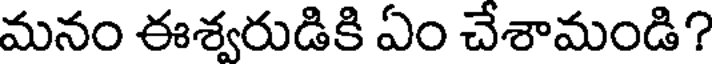
మనం ఈశ్వరుడికి ఏం చేశామండి?